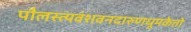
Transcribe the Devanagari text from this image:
पौलस्त्यवंशवनदारुणधूमकेतो